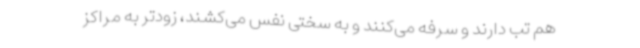
هم تب دارند و سرفه می‌کنند و به سختی نفس می‌کشند، زودتر به مراکز